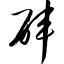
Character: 砗